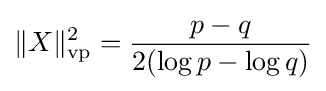
\Vert X\Vert _{\mathrm {vp} }^{2}={\frac {p-q}{2(\log p-\log q)}}